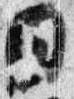
日